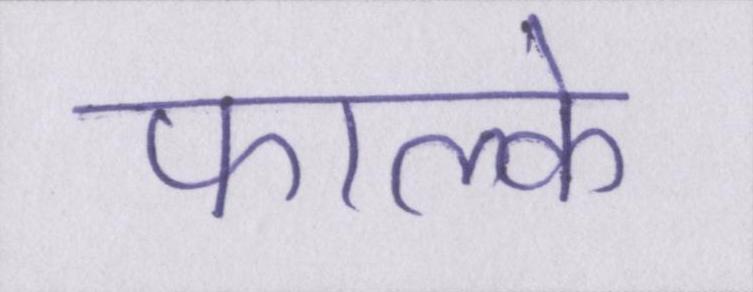
फाल्के